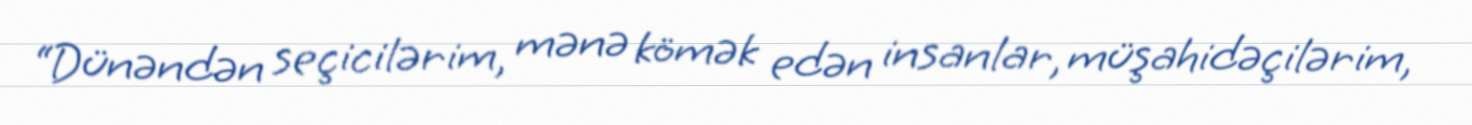
“Dünəndən seçicilərim, mənə kömək edən insanlar, müşahidəçilərim,